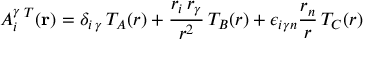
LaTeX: A _ { i } ^ { \gamma } \, ^ { T } ( { \bf r } ) = { \delta } _ { { i } \, { \gamma } } \, { \cal T } _ { A } ( r ) + \frac { r _ { i } \, r _ { \gamma } } { r ^ { 2 } } \, { \cal T } _ { B } ( r ) + { \epsilon } _ { i { \gamma } n } \frac { r _ { n } } { r } \, { \cal T } _ { C } ( r )